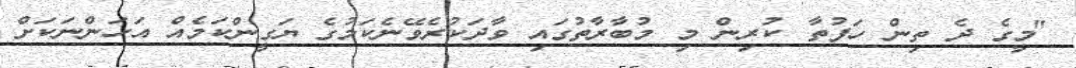
"މީގެ ދެ ތިން ހަފުތާ ކުރިން މި މުބާރާތުގައި ވާދަކުރެވޭނެކަމުގެ ޔަގީންކަމެއް އަހަންނަކަށް